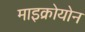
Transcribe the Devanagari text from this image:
माइक्रोयोन